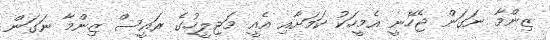
ޒިންމާ ނަގަން ޖެހޭނީ އެމީހަކު ކަމަށާއި އެއީ މަޖިލީހުގެ ރައީސް ޒިންމާ ނަގަން